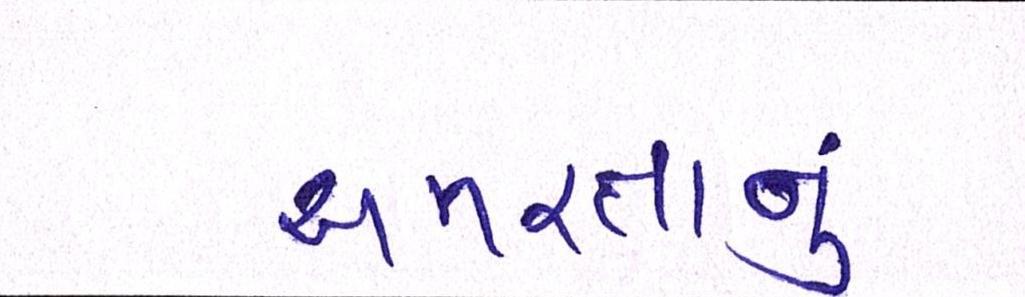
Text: અમરતાનું